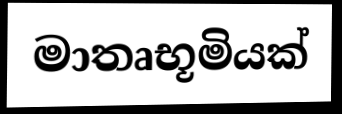
මාතෘභූමියක්